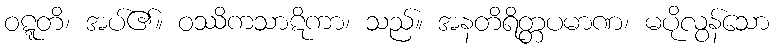
ဝဋ္ဋတိ၊ အပ်၏။ ဝဿိကသာဋိကာ၊ သည်။ အနတိရိတ္တပမာဏ၊ မပိုလွန်သော